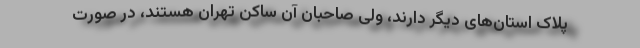
پلاک استان‌های دیگر دارند، ولی صاحبان آن ساکن تهران هستند، در صورت